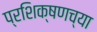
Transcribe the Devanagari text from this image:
प्रशिक्षणच्या